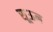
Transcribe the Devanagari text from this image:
सूऊन